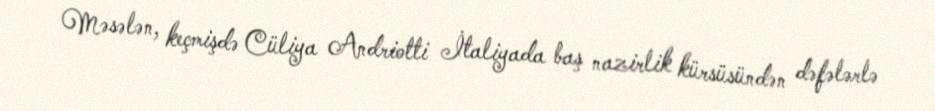
Məsələn, keçmişdə Cüliya Andriotti İtaliyada baş nazirlik kürsüsündən dəfələrlə